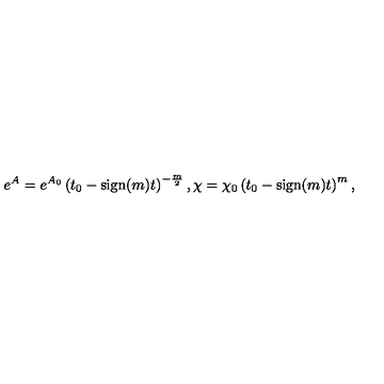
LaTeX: e ^ { A } = e ^ { A _ { 0 } } \left( t _ { 0 } - \mathrm { s i g n } ( m ) t \right) ^ { - \frac { m } { 2 } } , \chi = \chi _ { 0 } \left( t _ { 0 } - \mathrm { s i g n } ( m ) t \right) ^ { m } ,